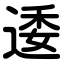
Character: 逶